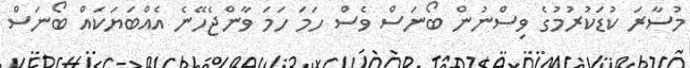
މުސާރަ ކުޑަކުރުމުގެ ވިސްނުން ބޯނަސް ވެސް ހަމަ ހަމަ ވާންޖެހޭނެ އެއްބަޔަކައް ބޯނަސް